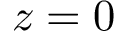
z = 0